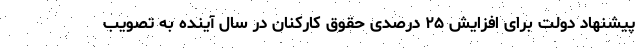
پیشنهاد دولت برای افزایش ۲۵ درصدی حقوق کارکنان در سال آینده به تصویب